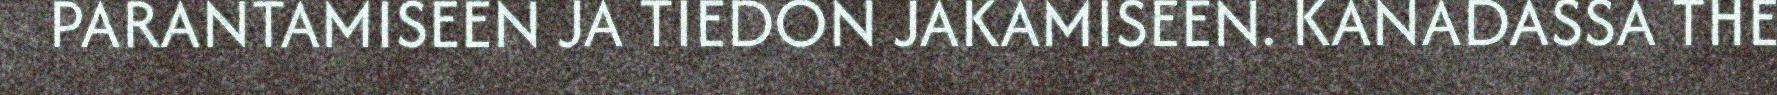
PARANTAMISEEN JA TIEDON JAKAMISEEN. KANADASSA THE